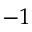
- 1